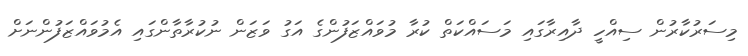
މިސަރުކާރުން ސިއްހީ ދާއިރާގައި މަސައްކަތް ކުރާ މުވައްޒަފުންގެ އަގު ވަޒަން ނުކުރާތާންގައި އެމުވައްޒަފުންނަށް